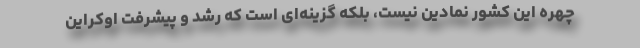
چهره این کشور نمادین نیست، بلکه گزینه‌ای است که رشد و پیشرفت اوکراین